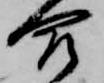
合